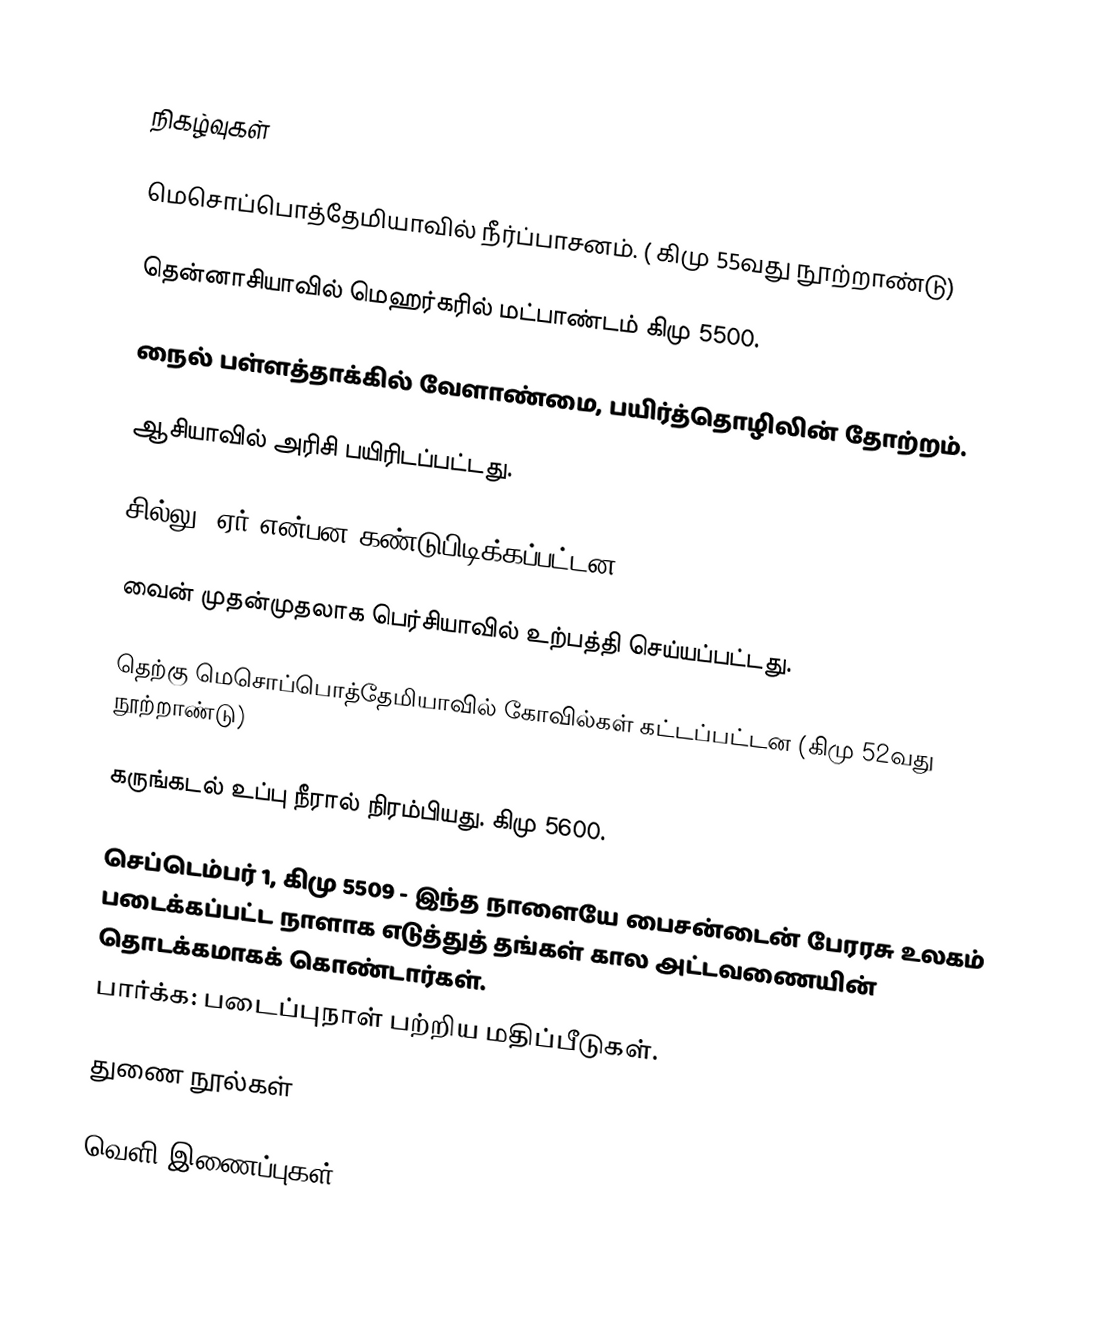

நிகழ்வுகள்

 மெசொப்பொத்தேமியாவில் நீர்ப்பாசனம். ( கிமு 55வது நூற்றாண்டு)

 தென்னாசியாவில் மெஹர்கரில் மட்பாண்டம் கிமு 5500.

 நைல் பள்ளத்தாக்கில் வேளாண்மை, பயிர்த்தொழிலின் தோற்றம்.

 ஆசியாவில் அரிசி பயிரிடப்பட்டது.

 சில்லு, ஏர் என்பன கண்டுபிடிக்கப்பட்டன.

 வைன் முதன்முதலாக பெர்சியாவில் உற்பத்தி செய்யப்பட்டது.

 தெற்கு மெசொப்பொத்தேமியாவில் கோவில்கள் கட்டப்பட்டன (கிமு 52வது நூற்றாண்டு)

 கருங்கடல் உப்பு நீரால் நிரம்பியது. கிமு 5600.

 செப்டெம்பர் 1, கிமு 5509 - இந்த நாளையே பைசன்டைன் பேரரசு உலகம் படைக்கப்பட்ட நாளாக எடுத்துத் தங்கள் கால அட்டவணையின் தொடக்கமாகக் கொண்டார்கள்.
பார்க்க: படைப்புநாள் பற்றிய மதிப்பீடுகள்.

துணை நூல்கள்

வெளி இணைப்புகள்